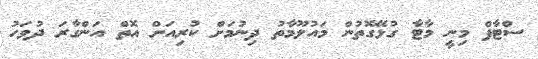
ސްޓާފް މިނީ މާޓާ ގުޅޭގޮތުން މައުލޫމާތު ދިނުމަށް ކުރިއަށް އޮތް އަންގާރަ ދުވަހު